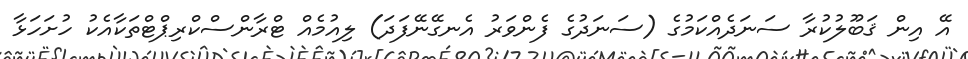
އޭ އިން ޤަބޫލުކުރާ ސަނަދެއްކަމުގެ (ސަނަދުގެ ފެންވަރު އެނގޭނޭފަދަ) ލިއުމެއް ޓްރާންސްކްރިޕްޓްތަކާއެކު ހުށަހަޅާ